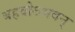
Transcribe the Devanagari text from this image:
बहवोऽभवन्